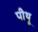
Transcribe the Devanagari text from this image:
पीथू